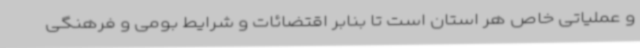
و عملیاتی خاص هر استان است تا بنابر اقتضائات و شرایط بومی و فرهنگی